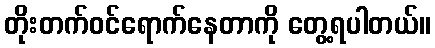
တိုးတက်ဝင်ရောက်နေတာကို တွေ့ရပါတယ်။